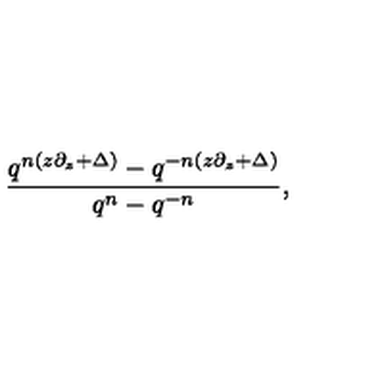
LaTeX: { \frac { q ^ { n ( z \partial _ { z } + \Delta ) } - q ^ { - n ( z \partial _ { z } + \Delta ) } } { q ^ { n } - q ^ { - n } } } ,